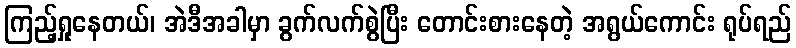
ကြည့်ရှုနေတယ်၊ အဲဒီအခါမှာ ခွက်လက်စွဲပြီး တောင်းစားနေတဲ့ အရွယ်ကောင်း ရုပ်ရည်